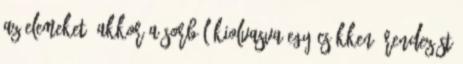
az elemeket, akkor a sorból kiolvasva egy csökkenő rendezést